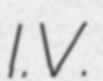
I.V.